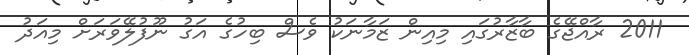
2011 ރާއްޖޭގެ ބާޒާރުގައި މިއިން ޒަމާނަކު ވެސް ބިހުގެ އަގު ނޫފުލޭވަރަށް މިއަދު